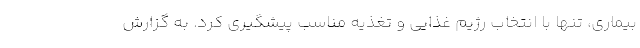
بیماری، تنها با انتخاب رژیم غذایی و تغذیه مناسب پیشگیری کرد. به گزارش